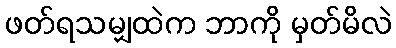
ဖတ်ရသမျှထဲက ဘာကို မှတ်မိလဲ